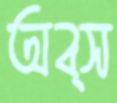
অব্স